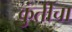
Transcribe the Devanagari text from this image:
कुंतीचा